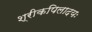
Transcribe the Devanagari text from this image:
श्रीकपिलादयः